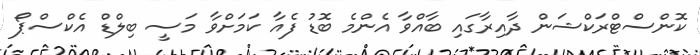
ކޮންސްޓްރަކްޝަން ދާއިރާގައި ބާއްވާ އެންމެ ބޮޑު ފެއާ ކަމަށްވާ މަސީ ބިލްޑް އެކްސްޕޯ